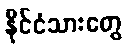
နိုင်ငံသားတွေ